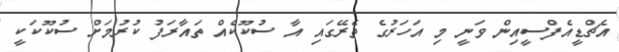
އެޗްޑީއެފްސީއިން ވަނީ މި އަހަރުގެ ތެރޭގައި އާ ސުކޫކެއް ތައާރަފު ކުރުމަށް ސުކޫކަކީ